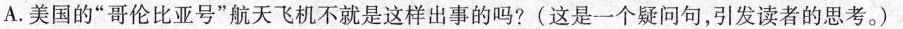
A.美国的”哥伦比亚号”航天飞机不就是这样出事的吗?(这是一个疑问句，引发读者的思考。)